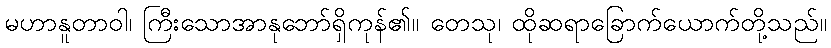
မဟာနူတာဝါ၊ ကြီးသောအာနုဘော်ရှိကုန်၏။ တေသု၊ ထိုဆရာခြောက်ယောက်တို့သည်။